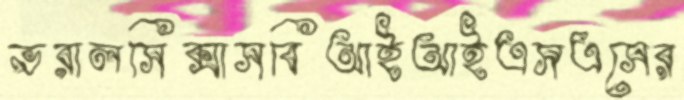
ভরালসিক্সাসবিআইআইএসএসের